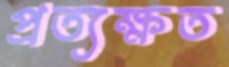
প্রত্যক্ষত